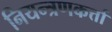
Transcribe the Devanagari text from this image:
नियन्त्रणकर्त्ता